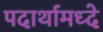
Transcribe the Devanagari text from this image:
पदार्थामध्दे